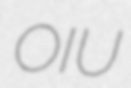
OIU